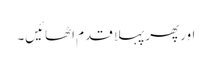
اور پھر پہلا قدم اٹھائیں۔